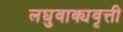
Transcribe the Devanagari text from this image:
लघुवाक्यवृत्ती